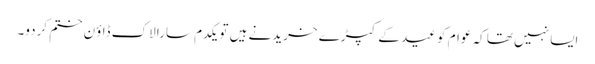
ایسا نہیں تھا کہ عوام کو عید کے کپڑے خریدنے ہیں تو یکدم سارا لاک ڈاؤن ختم کردو۔